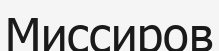
Миссиров